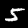
Label: 5